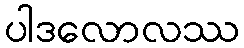
ပါဒလောလဿ